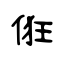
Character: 俇